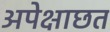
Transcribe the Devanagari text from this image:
अपेक्षाछत